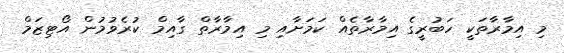
މި އިމާރާތަކީ ހަބުރީގެ އިމާރާތެއް ކަމަށާއި މި އިމާރާތް ގާއިމް ކުރެވުމުން އޯޓިޒަމް